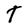
Character: T